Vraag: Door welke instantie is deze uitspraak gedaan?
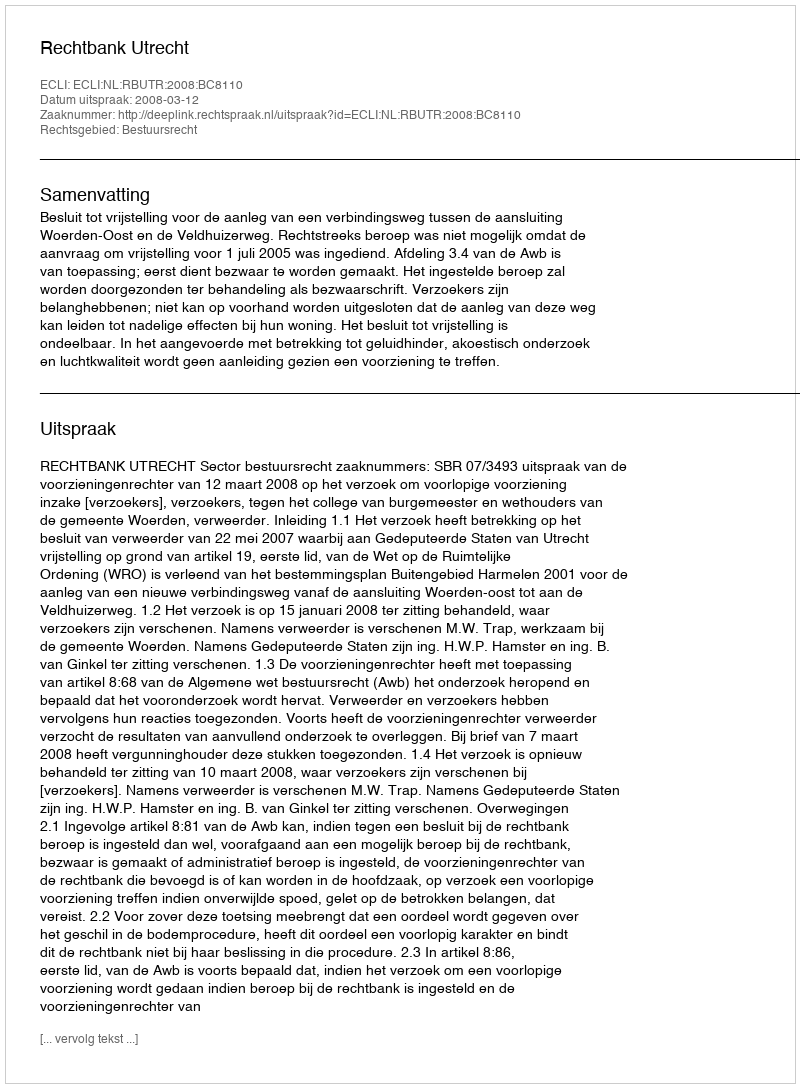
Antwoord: Rechtbank Utrecht